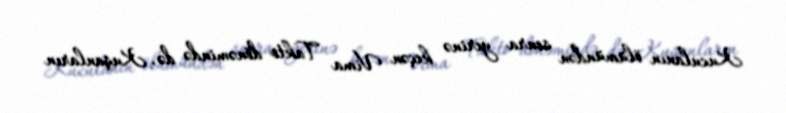
Kuculanın ölümündən sonra yerinə keçən Vima Takto dönəmində də, Kuşanların